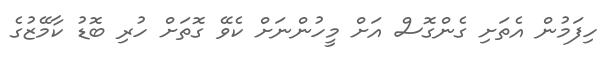
ހިފަމުން އެތަށި ގެންގޮސް އަށް މީހުންނަށް ކެވޭ ގޮތަށް ހުރި ބޮޑު ކާމޭޒުގެ